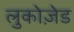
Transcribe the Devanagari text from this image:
लुकोज़ेड